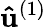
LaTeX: \mathbf{\hat{u}}^{(1)}